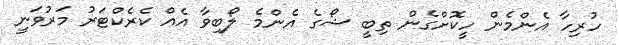
ހުރިހާ އެންމެން ހީކޮށްގެން ތިބީ ޝޯގެ އެންމެ ލޯބިވާ އެއް ކެރެކްޓަރު މަރުވަނީ